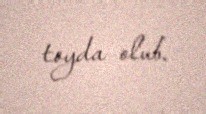
toyda olub.